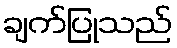
ချက်ပြုသည်